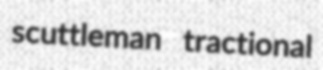
scuttleman tractional